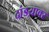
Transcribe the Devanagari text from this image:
दांडय़ावर